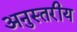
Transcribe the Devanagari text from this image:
अनुस्तरीय